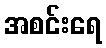
အစင်းရေ